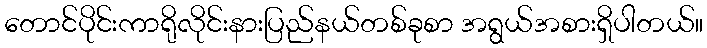
တောင်ပိုင်းကာရိုလိုင်းနားပြည်နယ်တစ်ခုစာ အရွယ်အစားရှိပါတယ်။